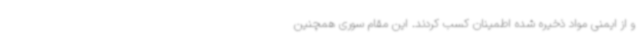
و از ایمنی مواد ذخیره شده اطمینان کسب کردند. این مقام سوری همچنین